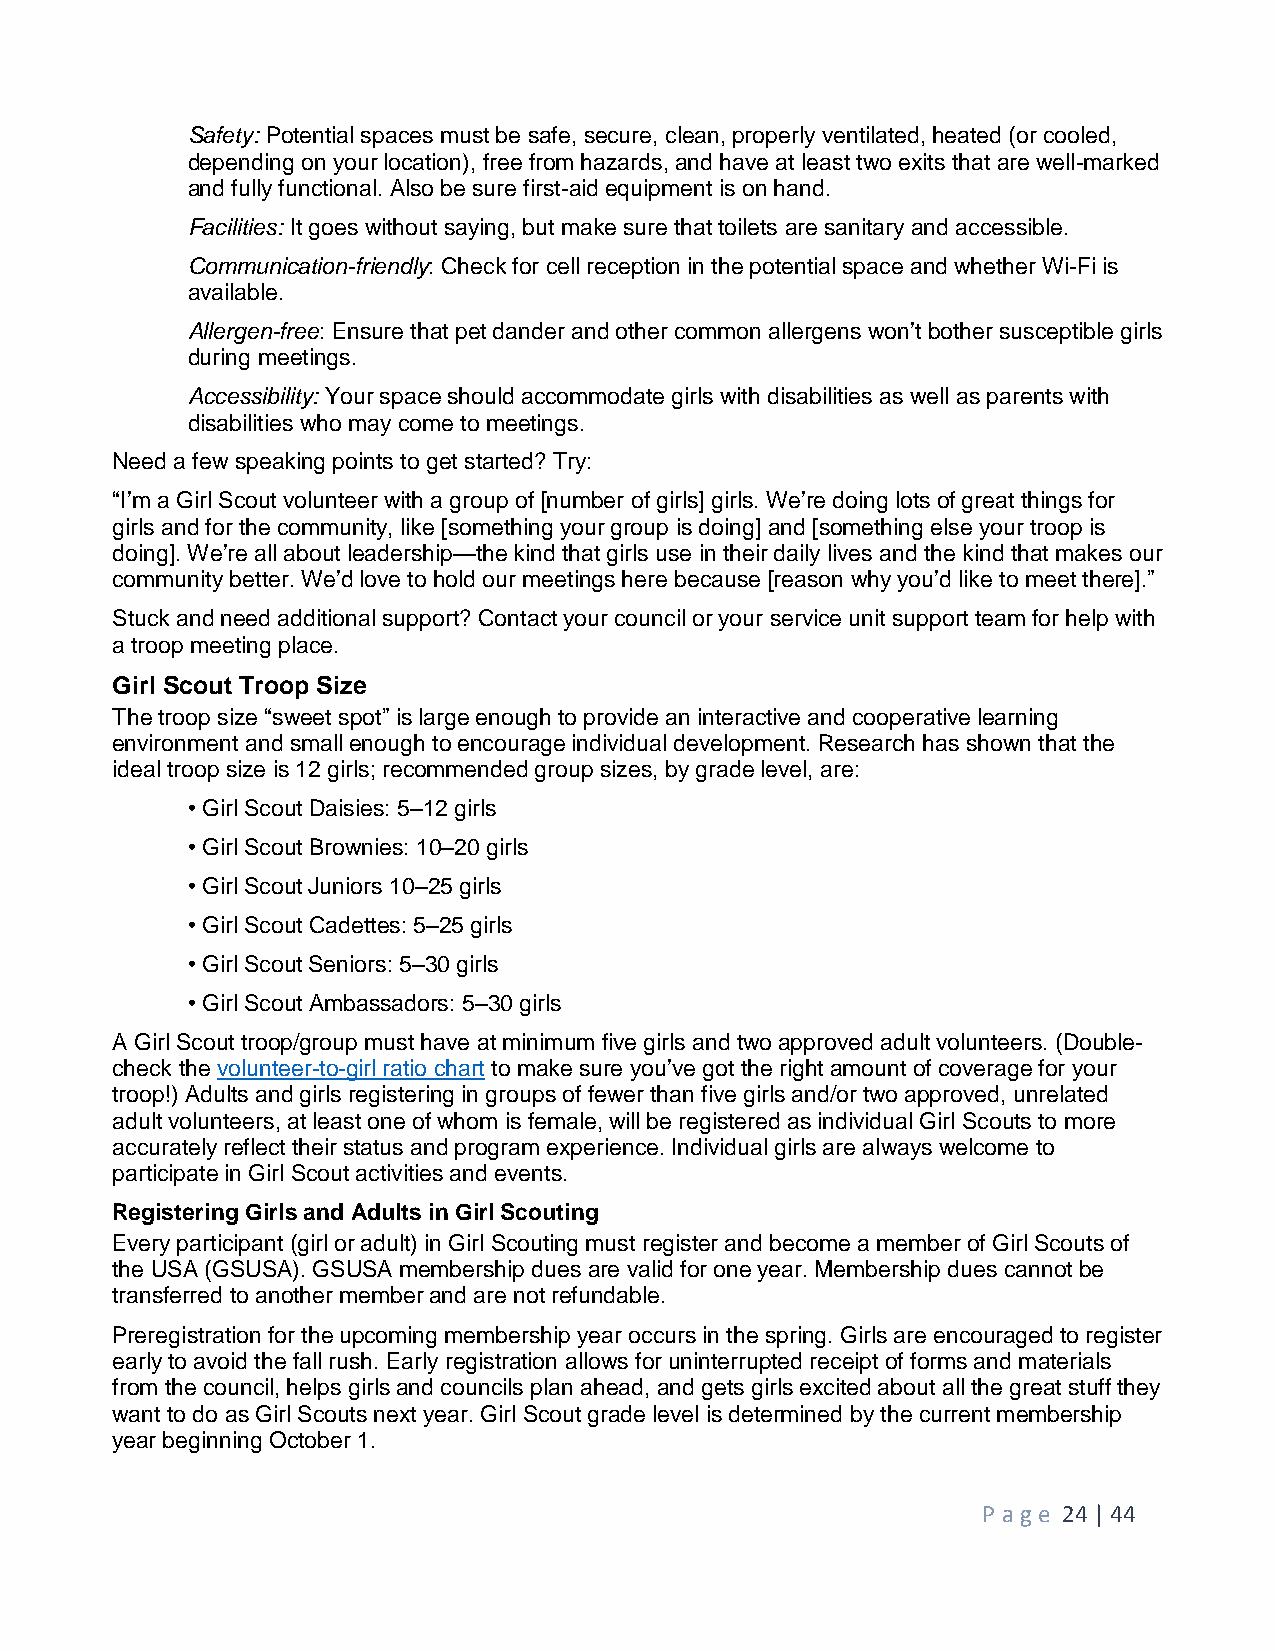
Safety: Potential spaces must be safe, secure, clean, properly ventilated, heated (or cooled,
 depending on your location), free from hazards, and have at least two exits that are well-marked
 and fully functional. Also be sure first-aid equipment is on hand.
 Facilities: It goes without saying, but make sure that toilets are sanitary and accessible.
 Communication-friendly: Check for cell reception in the potential space and whether Wi-Fi is
 available.
 Allergen-free: Ensure that pet dander and other common allergens won’t bother susceptible girls
 during meetings.
 Accessibility: Your space should accommodate girls with disabilities as well as parents with
 disabilities who may come to meetings.
 Need a few speaking points to get started? Try:
 “I’m a Girl Scout volunteer with a group of [number of girls] girls. We’re doing lots of great things for
 girls and for the community, like [something your group is doing] and [something else your troop is
 doing]. We’re all about leadership—the kind that girls use in their daily lives and the kind that makes our
 community better. We’d love to hold our meetings here because [reason why you’d like to meet there].”
 Stuck and need additional support? Contact your council or your service unit support team for help with
 a troop meeting place.
 Girl Scout Troop Size
 The troop size “sweet spot” is large enough to provide an interactive and cooperative learning
 environment and small enough to encourage individual development. Research has shown that the
 ideal troop size is 12 girls; recommended group sizes, by grade level, are:
 • Girl Scout Daisies: 5–12 girls
 • Girl Scout Brownies: 10–20 girls
 • Girl Scout Juniors 10–25 girls
 • Girl Scout Cadettes: 5–25 girls
 • Girl Scout Seniors: 5–30 girls
 • Girl Scout Ambassadors: 5–30 girls
 A Girl Scout troop/group must have at minimum five girls and two approved adult volunteers. (Double-
 check the volunteer-to-girl ratio chart to make sure you’ve got the right amount of coverage for your
 troop!) Adults and girls registering in groups of fewer than five girls and/or two approved, unrelated
 adult volunteers, at least one of whom is female, will be registered as individual Girl Scouts to more
 accurately reflect their status and program experience. Individual girls are always welcome to
 participate in Girl Scout activities and events.
 Registering Girls and Adults in Girl Scouting
 Every participant (girl or adult) in Girl Scouting must register and become a member of Girl Scouts of
 the USA (GSUSA). GSUSA membership dues are valid for one year. Membership dues cannot be
 transferred to another member and are not refundable.
 Preregistration for the upcoming membership year occurs in the spring. Girls are encouraged to register
 early to avoid the fall rush. Early registration allows for uninterrupted receipt of forms and materials
 from the council, helps girls and councils plan ahead, and gets girls excited about all the great stuff they
 want to do as Girl Scouts next year. Girl Scout grade level is determined by the current membership
 year beginning October 1.
 P age 24 | 44